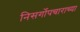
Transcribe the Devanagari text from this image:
निसर्गोपचाराच्या